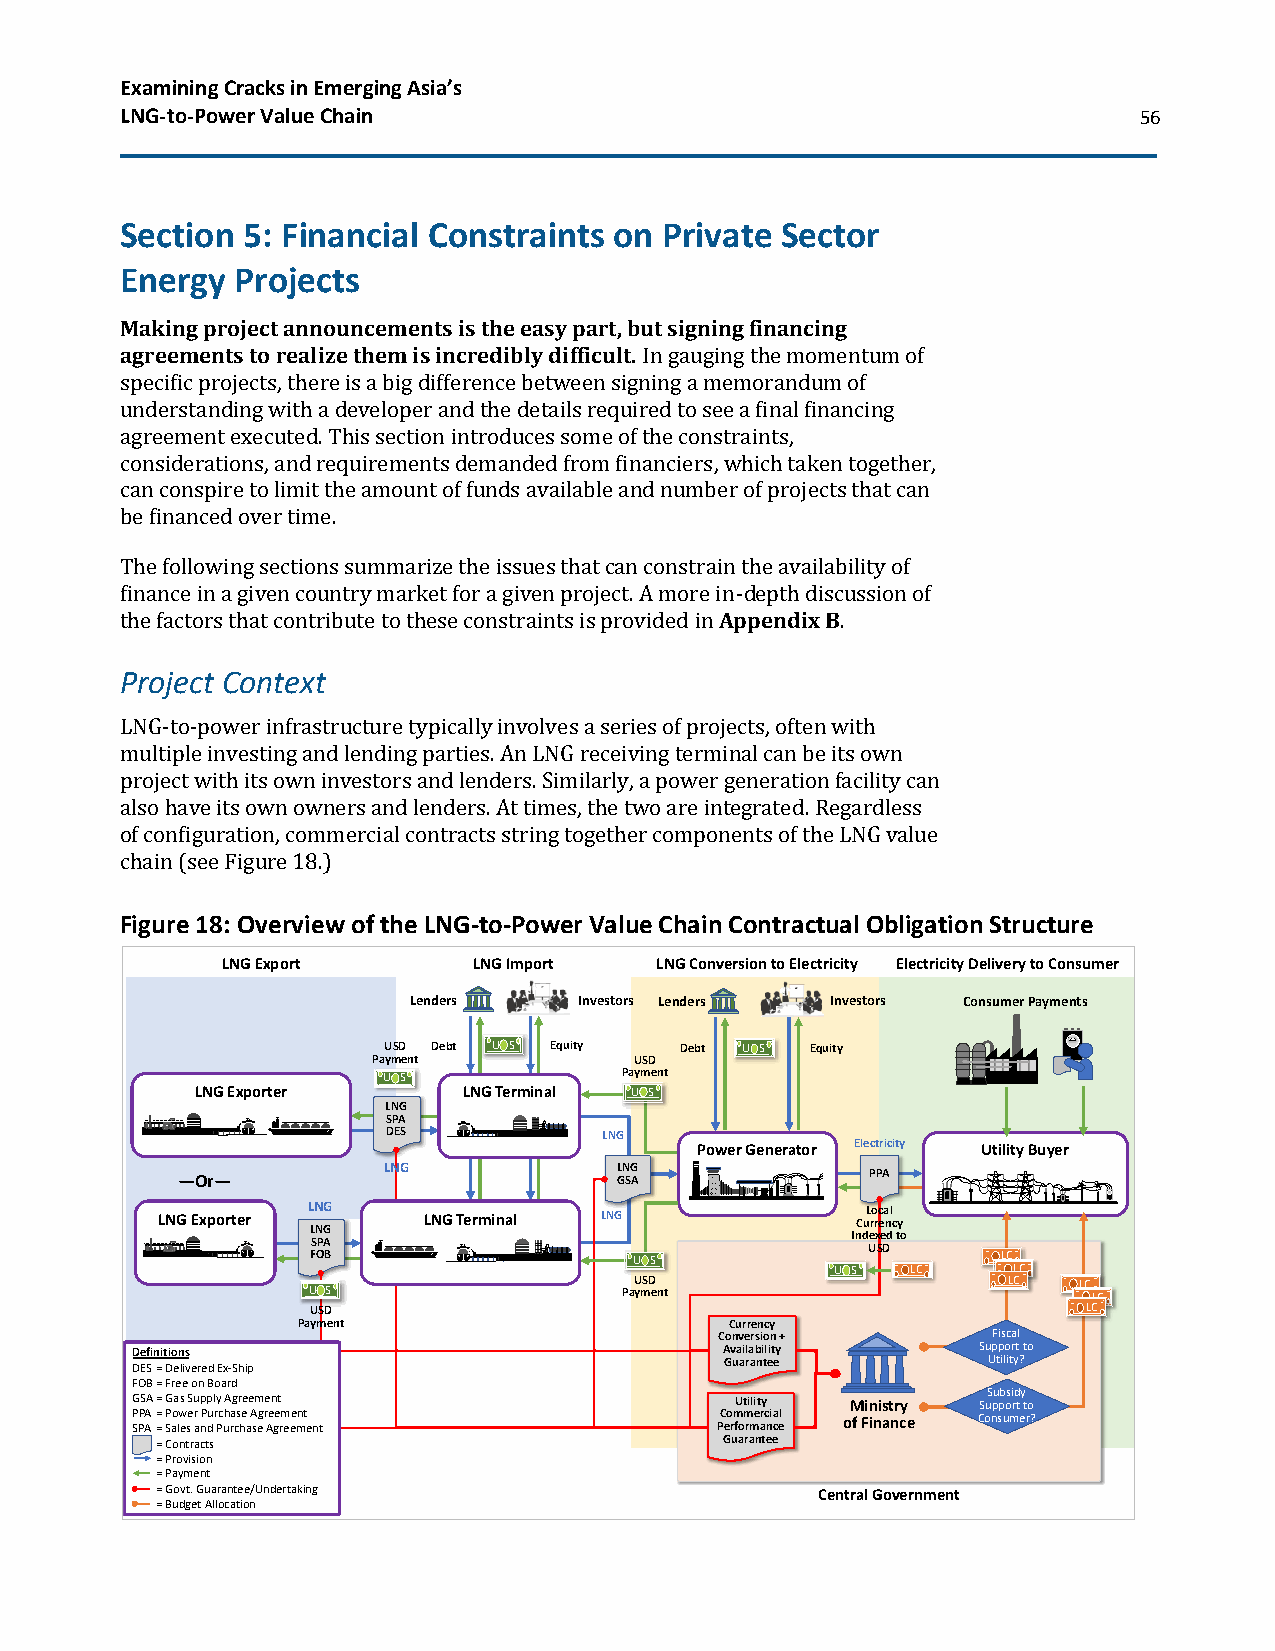
Examining Cracks in Emerging Asia’s
 LNG-to-Power Value Chain                                           56
 Section 5: Financial Constraints on Private Sector
 Energy  Projects
 Making project announcements is the easy part, but signing financing
 agreements to realize them is incredibly difficult. In gauging the momentum of
 specific projects, there is a big difference between signing a memorandum of
 understanding with a developer and the details required to see a final financing
 agreement executed. This section introduces some of the constraints,
 considerations, and requirements demanded from financiers, which taken together,
 can conspire to limit the amount of funds available and number of projects that can
 be financed over time.
 The following sections summarize the issues that can constrain the availability of
 finance in a given country market for a given project. A more in-depth discussion of
 the factors that contribute to these constraints is provided in Appendix B.
 Project Context
 LNG-to-power infrastructure typically involves a series of projects, often with
 multiple investing and lending parties. An LNG receiving terminal can be its own
 project with its own investors and lenders. Similarly, a power generation facility can
 also have its own owners and lenders. At times, the two are integrated. Regardless
 of configuration, commercial contracts string together components of the LNG value
 chain (see Figure 18.)
 Figure 18: Overview of the LNG-to-Power Value Chain Contractual Obligation Structure
 LNG Export      LNG Import  LNG Conversion to Electricity Electricity Delivery to Consumer
 Lenders    Investors Lenders Investors Consumer Payments
 USD Debt U S Equity Debt U S Equity           21234
 Payment          USD
 U S             Payment
 LNG Exporter      LNG Terminal U S
 LNG
 SPA
 DES           LNG
 Power Generator Electricity Utility Buyer
 LNG             LNG
 —Or—                         GSA              PPA
 43212
 LNG Exporter LNG  LNG Terminal LNG             CuL ro rc ea nl c y
 LNG
 Indexed to
 SPA
 USD
 FOB                  U S                     LC
 U S  LC     LC
 USD                      LC  LC
 U S                  Payment                        LC
 USD                                                LC
 Payment                     Currency
 Conversion +      Fiscal
 Definitions                            Availability     Support to
 Guarantee        Utility?
 DES = Delivered Ex-Ship
 FOB = Free on Board
 GSA= GasSupplyAgreement                 Utility Ministry SuS pu pb osi rd t y t o
 P SPP AA=
 =
 P Sao lw eser
 a
 nP dur Pc uh ra cs he
 a
 A segr Ae ge rm eee mnt
 ent
 PC eo rm fom rme arc nia cel of Finance Consumer?
 =Contracts                            Guarantee
 =Provision
 = Payment
 =Govt. Guarantee/Undertaking                Central Government
 =Budget Allocation